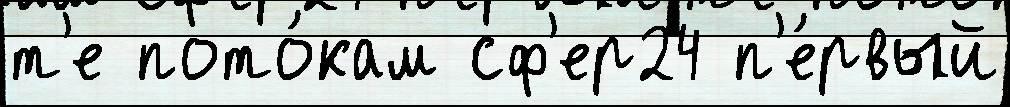
т'е пото́кам сф'ер24 п'е́рвый